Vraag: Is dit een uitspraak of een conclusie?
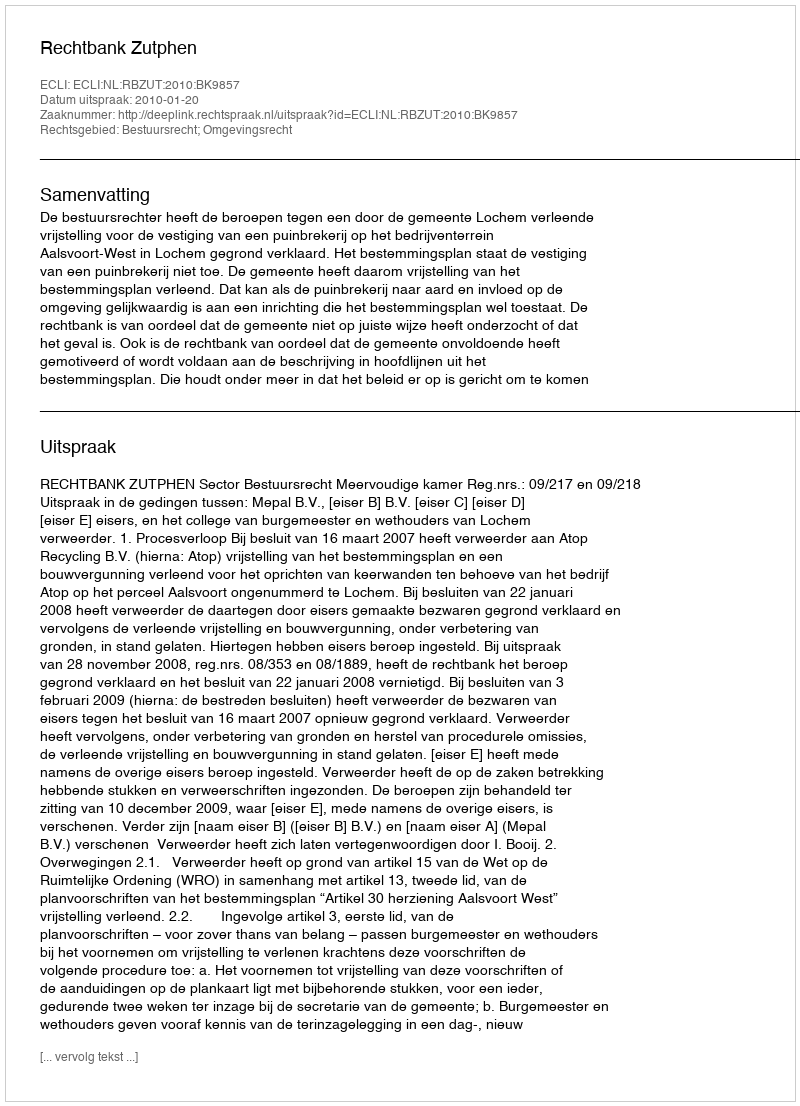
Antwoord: Uitspraak